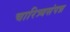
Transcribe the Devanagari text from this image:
चारित्र्यसंपन्न